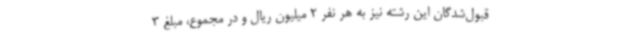
قبول‌شدگان این رشته نیز به هر نفر 2 میلیون ریال و در مجموع، مبلغ 3